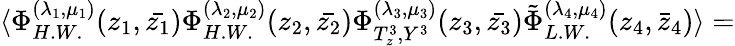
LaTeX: \langle\Phi_{H.W.}^{(\lambda_{1},\mu_{1})}(z_{1},\bar{z_{1}})\Phi_{H.W.}^{(\lambda_{2},\mu_{2})}(z_{2},\bar{z_{2}})\Phi_{T_{z}^{3},Y^{3}}^{(\lambda_{3},\mu_{3})}(z_{3},\bar{z_{3}})\tilde{\Phi}_{L.W.}^{(\lambda_{4},\mu_{4})}(z_{4},\bar{z}_{4})\rangle=